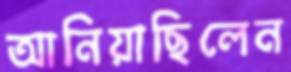
আনিয়াছিলেন